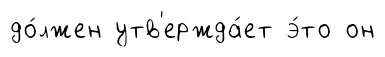
до́лжен утв'ержда́ет э́то он